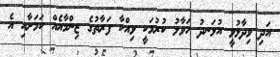
އަދި ވިދާޅުވީ އުޅަނދު ހަވާލު ކުރުމަކީ ވިއްކާ ފަރާތުގެ ޒިންމާއެއް ކަމަށާއި އެ